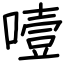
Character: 噎